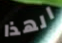
الهذا